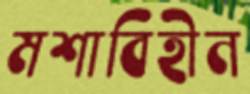
মশাবিহীন